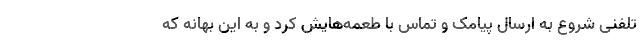
تلفنی شروع به ارسال پیامک و تماس با طعمه‌هایش کرد و به این بهانه که